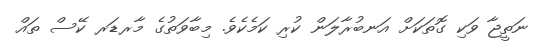
ނަތީޖާ ވަކި ގޮތަކަށް އަނބުރާލަން ކުރި ކަމެކެވެ. މިބާވަތުގެ މާރޑަރ ކޭސް ތައް